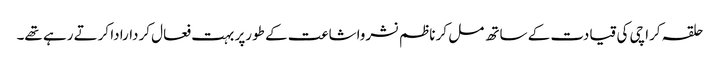
حلقہ کراچی کی قیادت کے ساتھ مل کر ناظم نشرواشاعت کے طورپر بہت فعال کردارادا کرتے رہے تھے۔